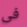
فى